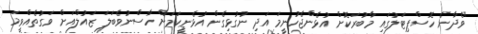
"ވެދާނެ ހޮސްޕިޓަލުގައި މާބުރަކޮށް އުޅެންޖެހުނީމަ އަދި ނުގުޅިގެން އުޅެނީކަމަށް ހާސްނުވެބަލަ ޒައުލްއަށް ވަގުތެއްވީމަ